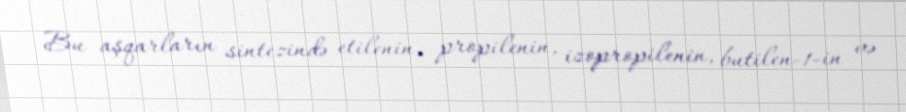
Bu aşqarların sintezində etilenin, propilenin, izopropilenin, butilen-1-in və